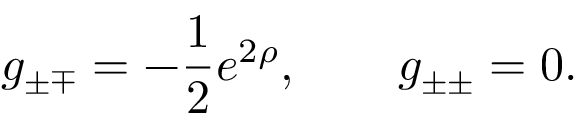
g _ { \pm \mp } = - \frac 1 2 e ^ { 2 \rho } , \qquad g _ { \pm \pm } = 0 .